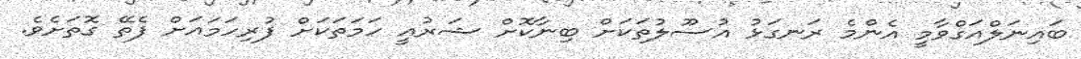
ބައިނަލްއަގްވާމީ އެންމެ ރަނގަޅު އުސޫލުތަކަށް ބިނާކޮށް ޝަރުއީ ހަމަތަކަށް ފުރިހަމައަށް ފެތޭ ގޮތަށެވެ.